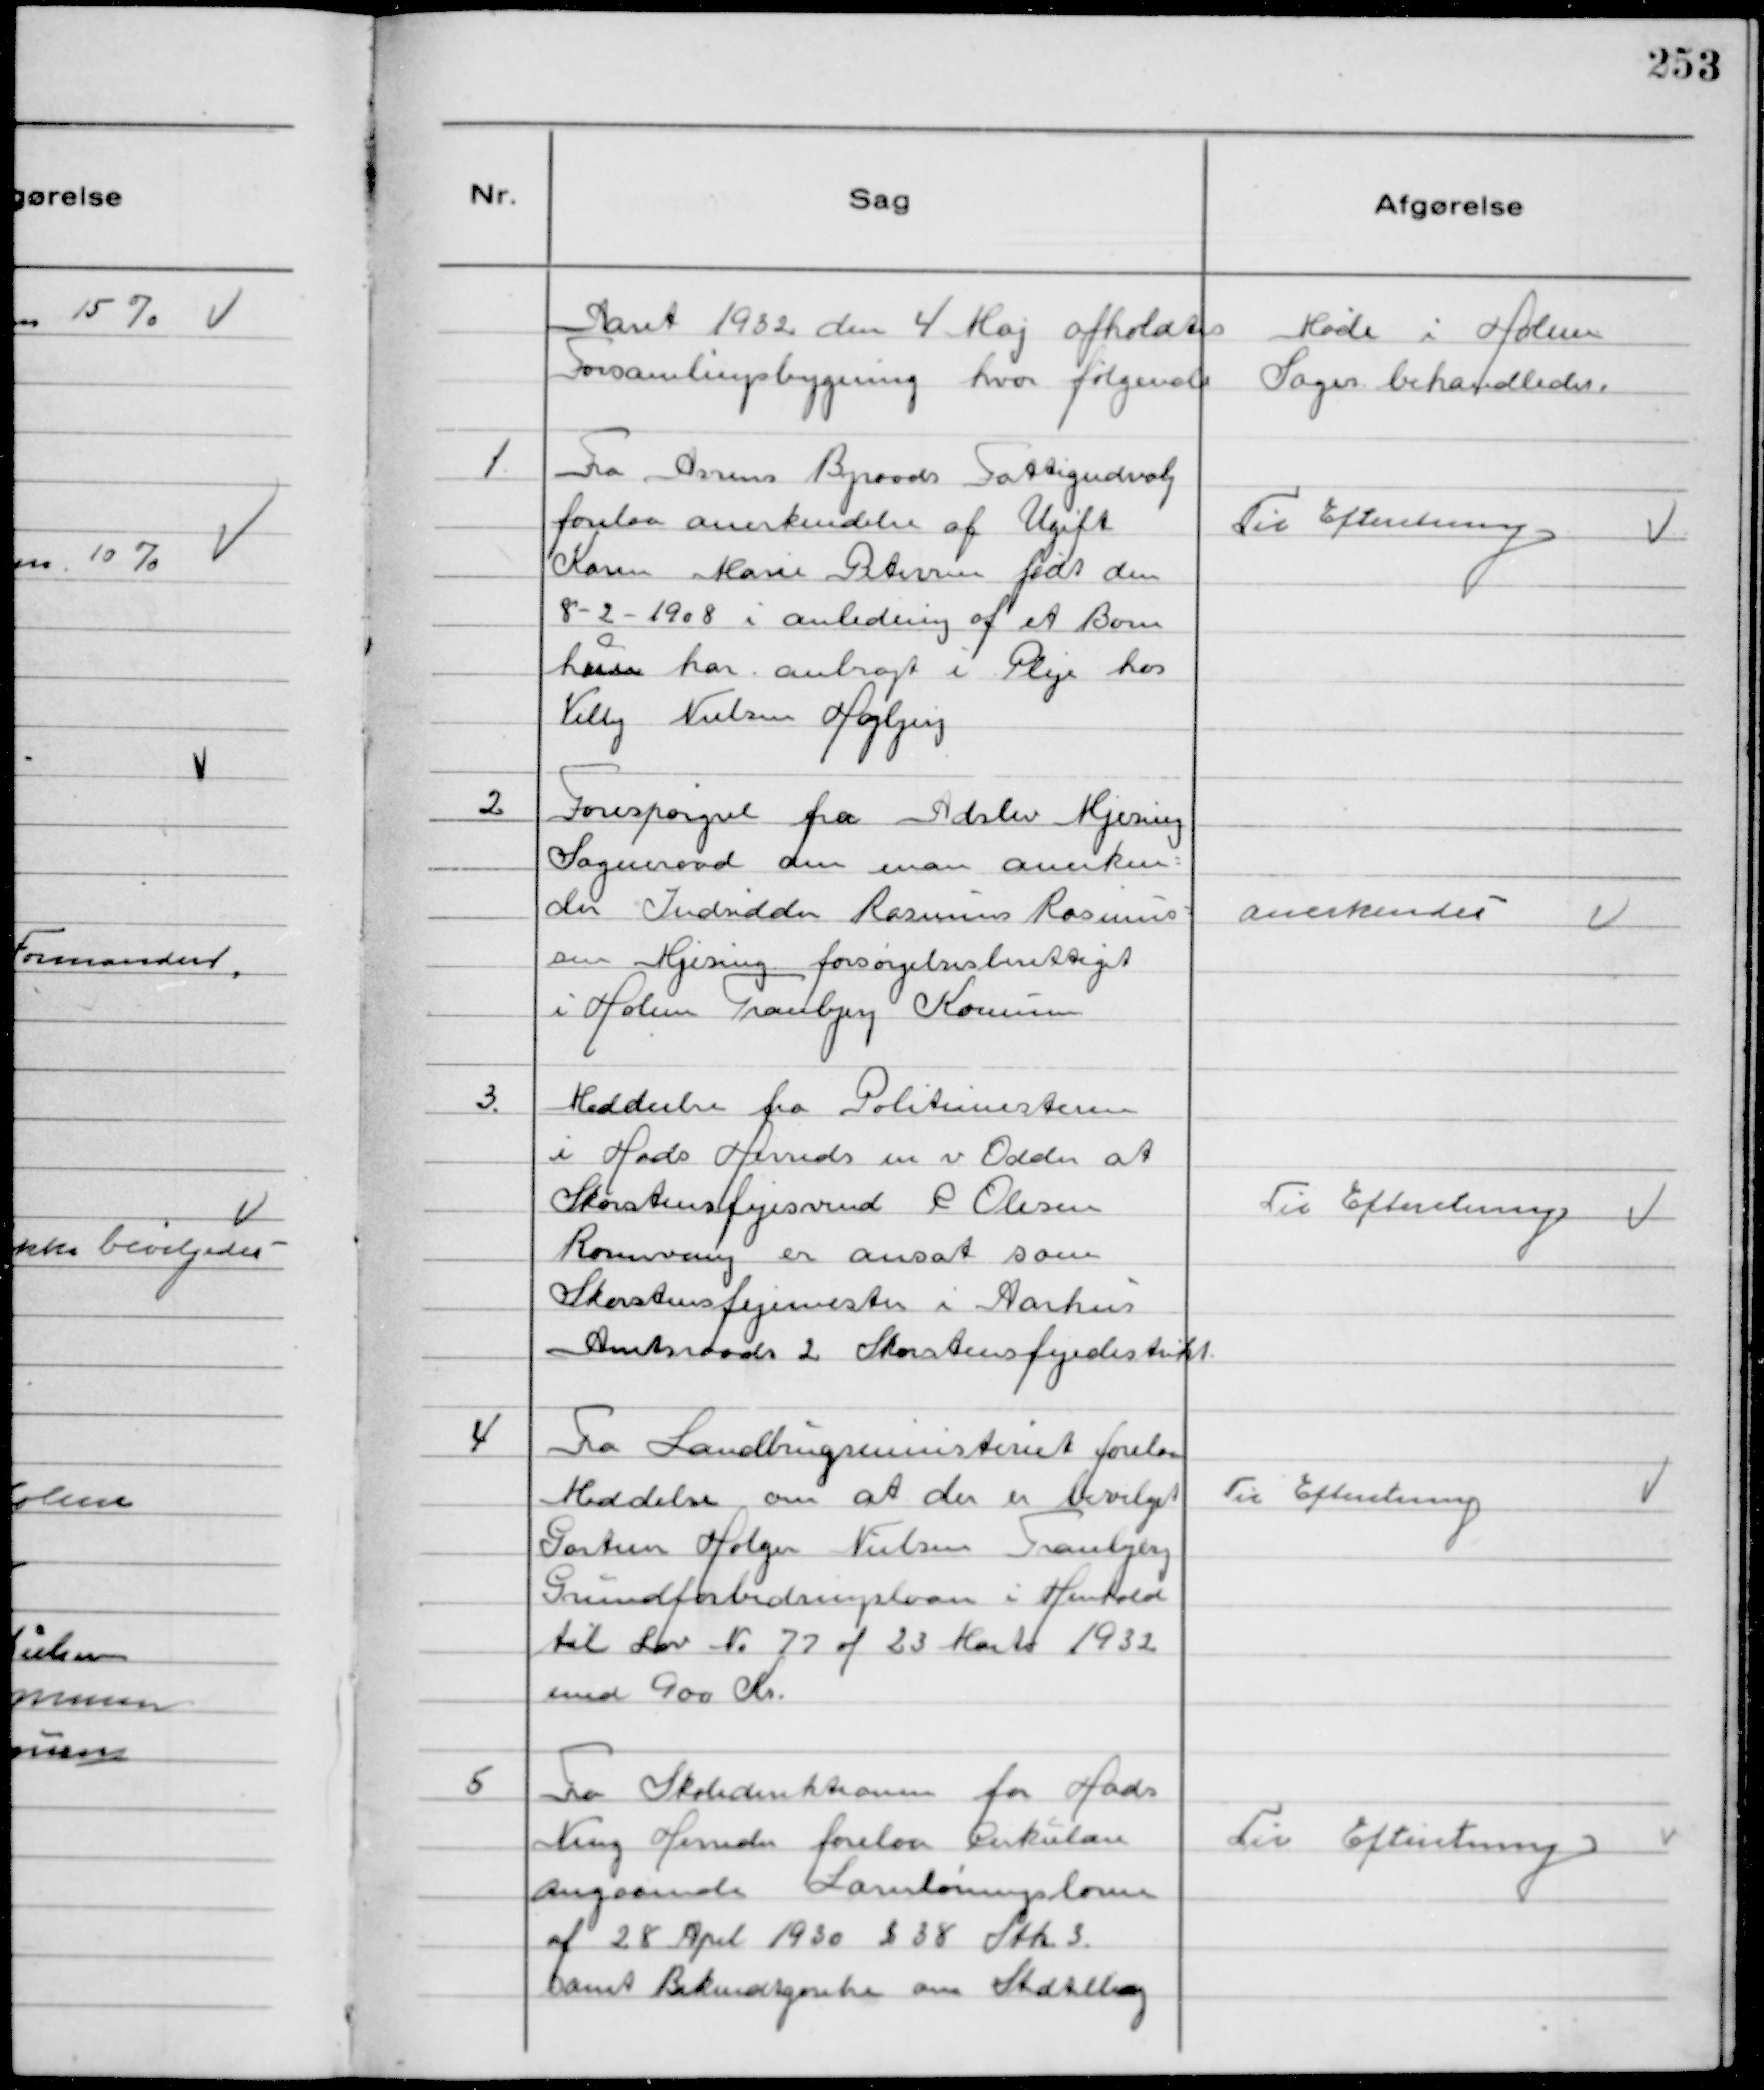
Transskription:
Aaret 1932 den 4 Maj afholdtes Møde i Holme
Forsamlingsbygning hvor følgende Sager behandledes.

1
Fra Assens Byraads Fattigudvalg
forelaa anerkendelse af Ugift
Karen Marie Petersen født den
8 - 2 - 1908 i anledning af et Barn
hun har anbragt i Pleje hos
Villy Nielsen Højbjerg

Til Efteretning

2
Forespørgsel fra Adslev Mjesing
Sogneraad om man anerken-
der Indsidder Rasmus Rasmus-
sen Mjesing forsørgelsesberettiget
i Holme Tranbjerg Kommune

Anerkendes

3.
Meddeelse fra Politimesteren
i Hads Herred m v Odder at
Skorstensfejesvend R Olesen
Rosenvang er ansat som
Skorsrensfejemester i Aarhus
Amtsraads 2 Skorstensfejedistrikt

Til Efteretning

4
Fra Landbrugsministeriet forelaa
Meddelse om at der er bevilget
Gartner Holger Nielsen Tranbjerg
Grundforbedringslaan i Henhold
til Lov № 77 af 23 Marts 1932
med 900 Kr.

Til Efteretning

5
Fra Skoledirektionen for Hads
Ning Herreder forelaa Cirkulære
Angaaende Lærerlønningsloven
af 28 April 1930 § 38 Stk 3.
samt Bekendtgørelse om Stedtillæg

Til Efteretning